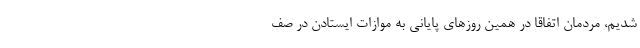
شدیم، مردمان اتفاقا در همین روزهای پایانی به موازات ایستادن در صف